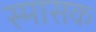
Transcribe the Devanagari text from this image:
स्मासक